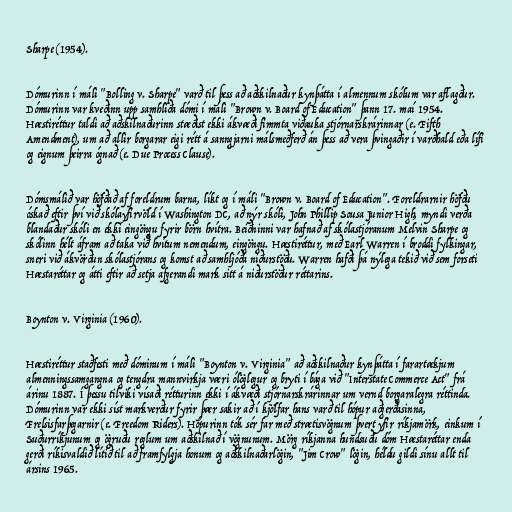
Sharpe (1954).

Dómurinn í máli "Bolling v. Sharpe" varð til þess að aðskilnaður kynþátta í almennum skólum var aflagður.
Dómurinn var kveðinn upp samhliða dómi í máli "Brown v. Board of Education" þann 17. maí 1954.
Hæstiréttur taldi að aðskilnaðurinn stæðist ekki ákvæði fimmta viðauka stjórnarskrárinnar (e. Fifth
Amendment), um að allir borgarar eigi rétt á sanngjarni málsmeðferð án þess að vera þvingaðir í varðhald eða lífi
og eignum þeirra ógnað (e. Due Process Clause).

Dómsmálið var höfðað af foreldrum barna, líkt og í máli "Brown v. Board of Education". Foreldrarnir höfðu
óskað eftir því við skólayfirvöld í Washington DC, að nýr skóli, John Phillip Sousa Junior High, myndi verða
blandaður skóli en ekki eingöngu fyrir börn hvítra. Beiðninni var hafnað af skólastjóranum Melvin Sharpe og
skólinn hélt áfram að taka við hvítum nemendum, eingöngu. Hæstiréttur, með Earl Warren í broddi fylkingar,
sneri við ákvörðun skólastjórans og komst að samhljóða niðurstöðu. Warren hafði þá nýlega tekið við sem forseti
Hæstaréttar og átti eftir að setja afgerandi mark sitt á niðurstöður réttarins.

Boynton v. Virginia (1960).

Hæstiréttur staðfesti með dóminum í máli "Boynton v. Virginia" að aðskilnaður kynþátta í farartækjum
almenningssamgangna og tengdra mannvirkja væri ólöglegur og bryti í bága við "Interstate Commerce Act" frá
árinu 1887. Í þessu tilviki vísaði rétturinn ekki í ákvæði stjórnarskrárinnar um vernd borgaralegra réttinda.
Dómurinn var ekki síst markverður fyrir þær sakir að í kjölfar hans varð til hópur aðgerðasinna,
Frelsisfarþegarnir (e. Freedom Riders). Hópurinn tók sér far með strætisvögnum þvert yfir ríkjamörk, einkum í
Suðurríkjunum og ögruðu reglum um aðskilnað í vögnunum. Mörg ríkjanna hundsuðu dóm Hæstaréttar enda
gerði ríkisvaldið lítið til að framfylgja honum og aðskilnaðarlögin, "Jim Crow" lögin, héldu gildi sínu allt til
ársins 1965.